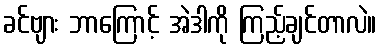
ခင်ဗျား ဘာကြောင့် အဲဒါကို ကြည့်ချင်တာလဲ။